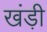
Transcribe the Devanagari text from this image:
खंड़ी